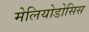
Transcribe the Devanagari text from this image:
मेलियोडोसिस